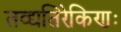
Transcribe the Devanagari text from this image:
तद्व्यतिरेकिणः